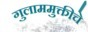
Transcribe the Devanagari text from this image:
गुलाममुक्तीचे